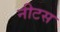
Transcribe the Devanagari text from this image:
नीटस